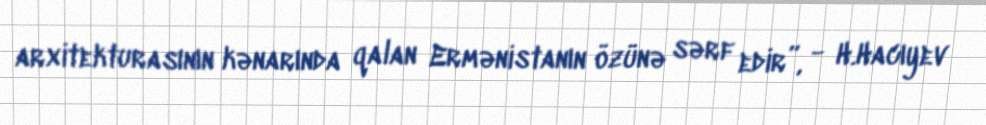
arxitekturasının kənarında qalan Ermənistanın özünə sərf edir”, - H.Hacıyev